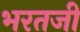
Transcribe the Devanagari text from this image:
भरतजी